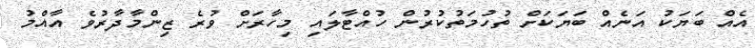
އެއް ބަޔަކު އަނެއް ބަޔަކަށް ތުހުމަތުކުރުން ހުއްޓާލައި މިހާރަށް ވުރެ ޒިންމާދާރުވެ އާއްމު